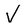
Character: V